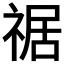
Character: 𥚑